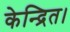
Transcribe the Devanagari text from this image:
केन्द्रित।